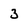
Character: 3